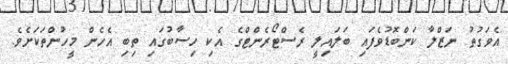
އެވަގުތު ނަޒްލާ ކަންބޮޑުވެފައި ބަލައިލީ ރެސްޓޯރެންޓްގެ އެކި ހިސާބުގައި ތިބި އެހެން މީހުންތަކަށެވެ.